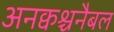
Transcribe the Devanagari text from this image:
अनक्वश्चनैबल